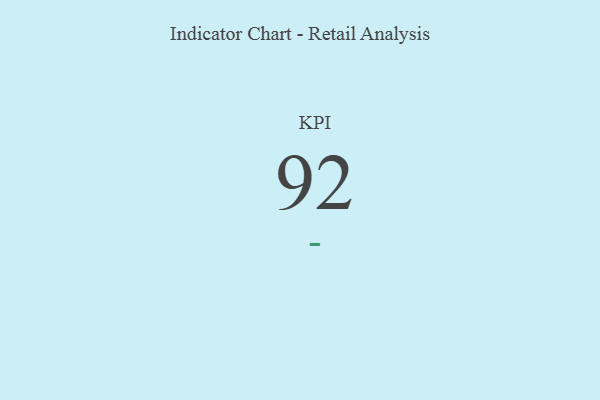
{"axis": {"x": "KPI", "y": "Value"}, "legend": [""], "data": [{"x": "KPI", "y": 92, "type": ""}]}